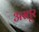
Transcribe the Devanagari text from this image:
अस्तूर